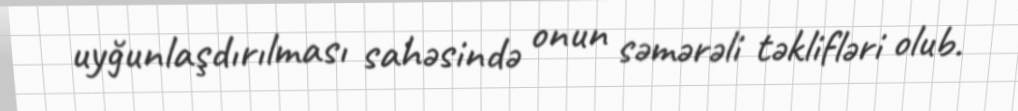
uyğunlaşdırılması sahəsində onun səmərəli təklifləri olub.